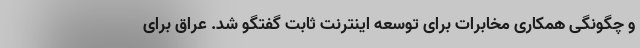
و چگونگی همکاری مخابرات برای توسعه اینترنت ثابت گفتگو شد. عراق برای